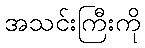
အသင်းကြီးကို